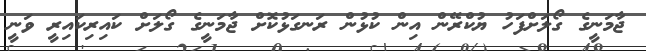
ޖާމަނީގެ ގޯލަށްފަހު ޔުކްރޭން އިން ކުޅުން ރަނގަޅުކޮށް ޖާމަނީގެ ގޯލަށް ކައިރިކައިރީ ވަނީ